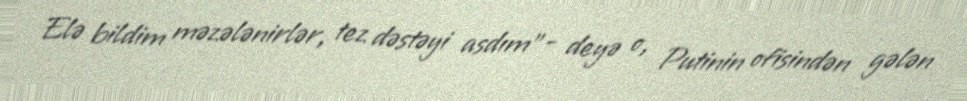
Elə bildim məzələnirlər, tez dəstəyi asdım"- deyə o, Putinin ofisindən gələn